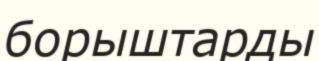
борыштарды